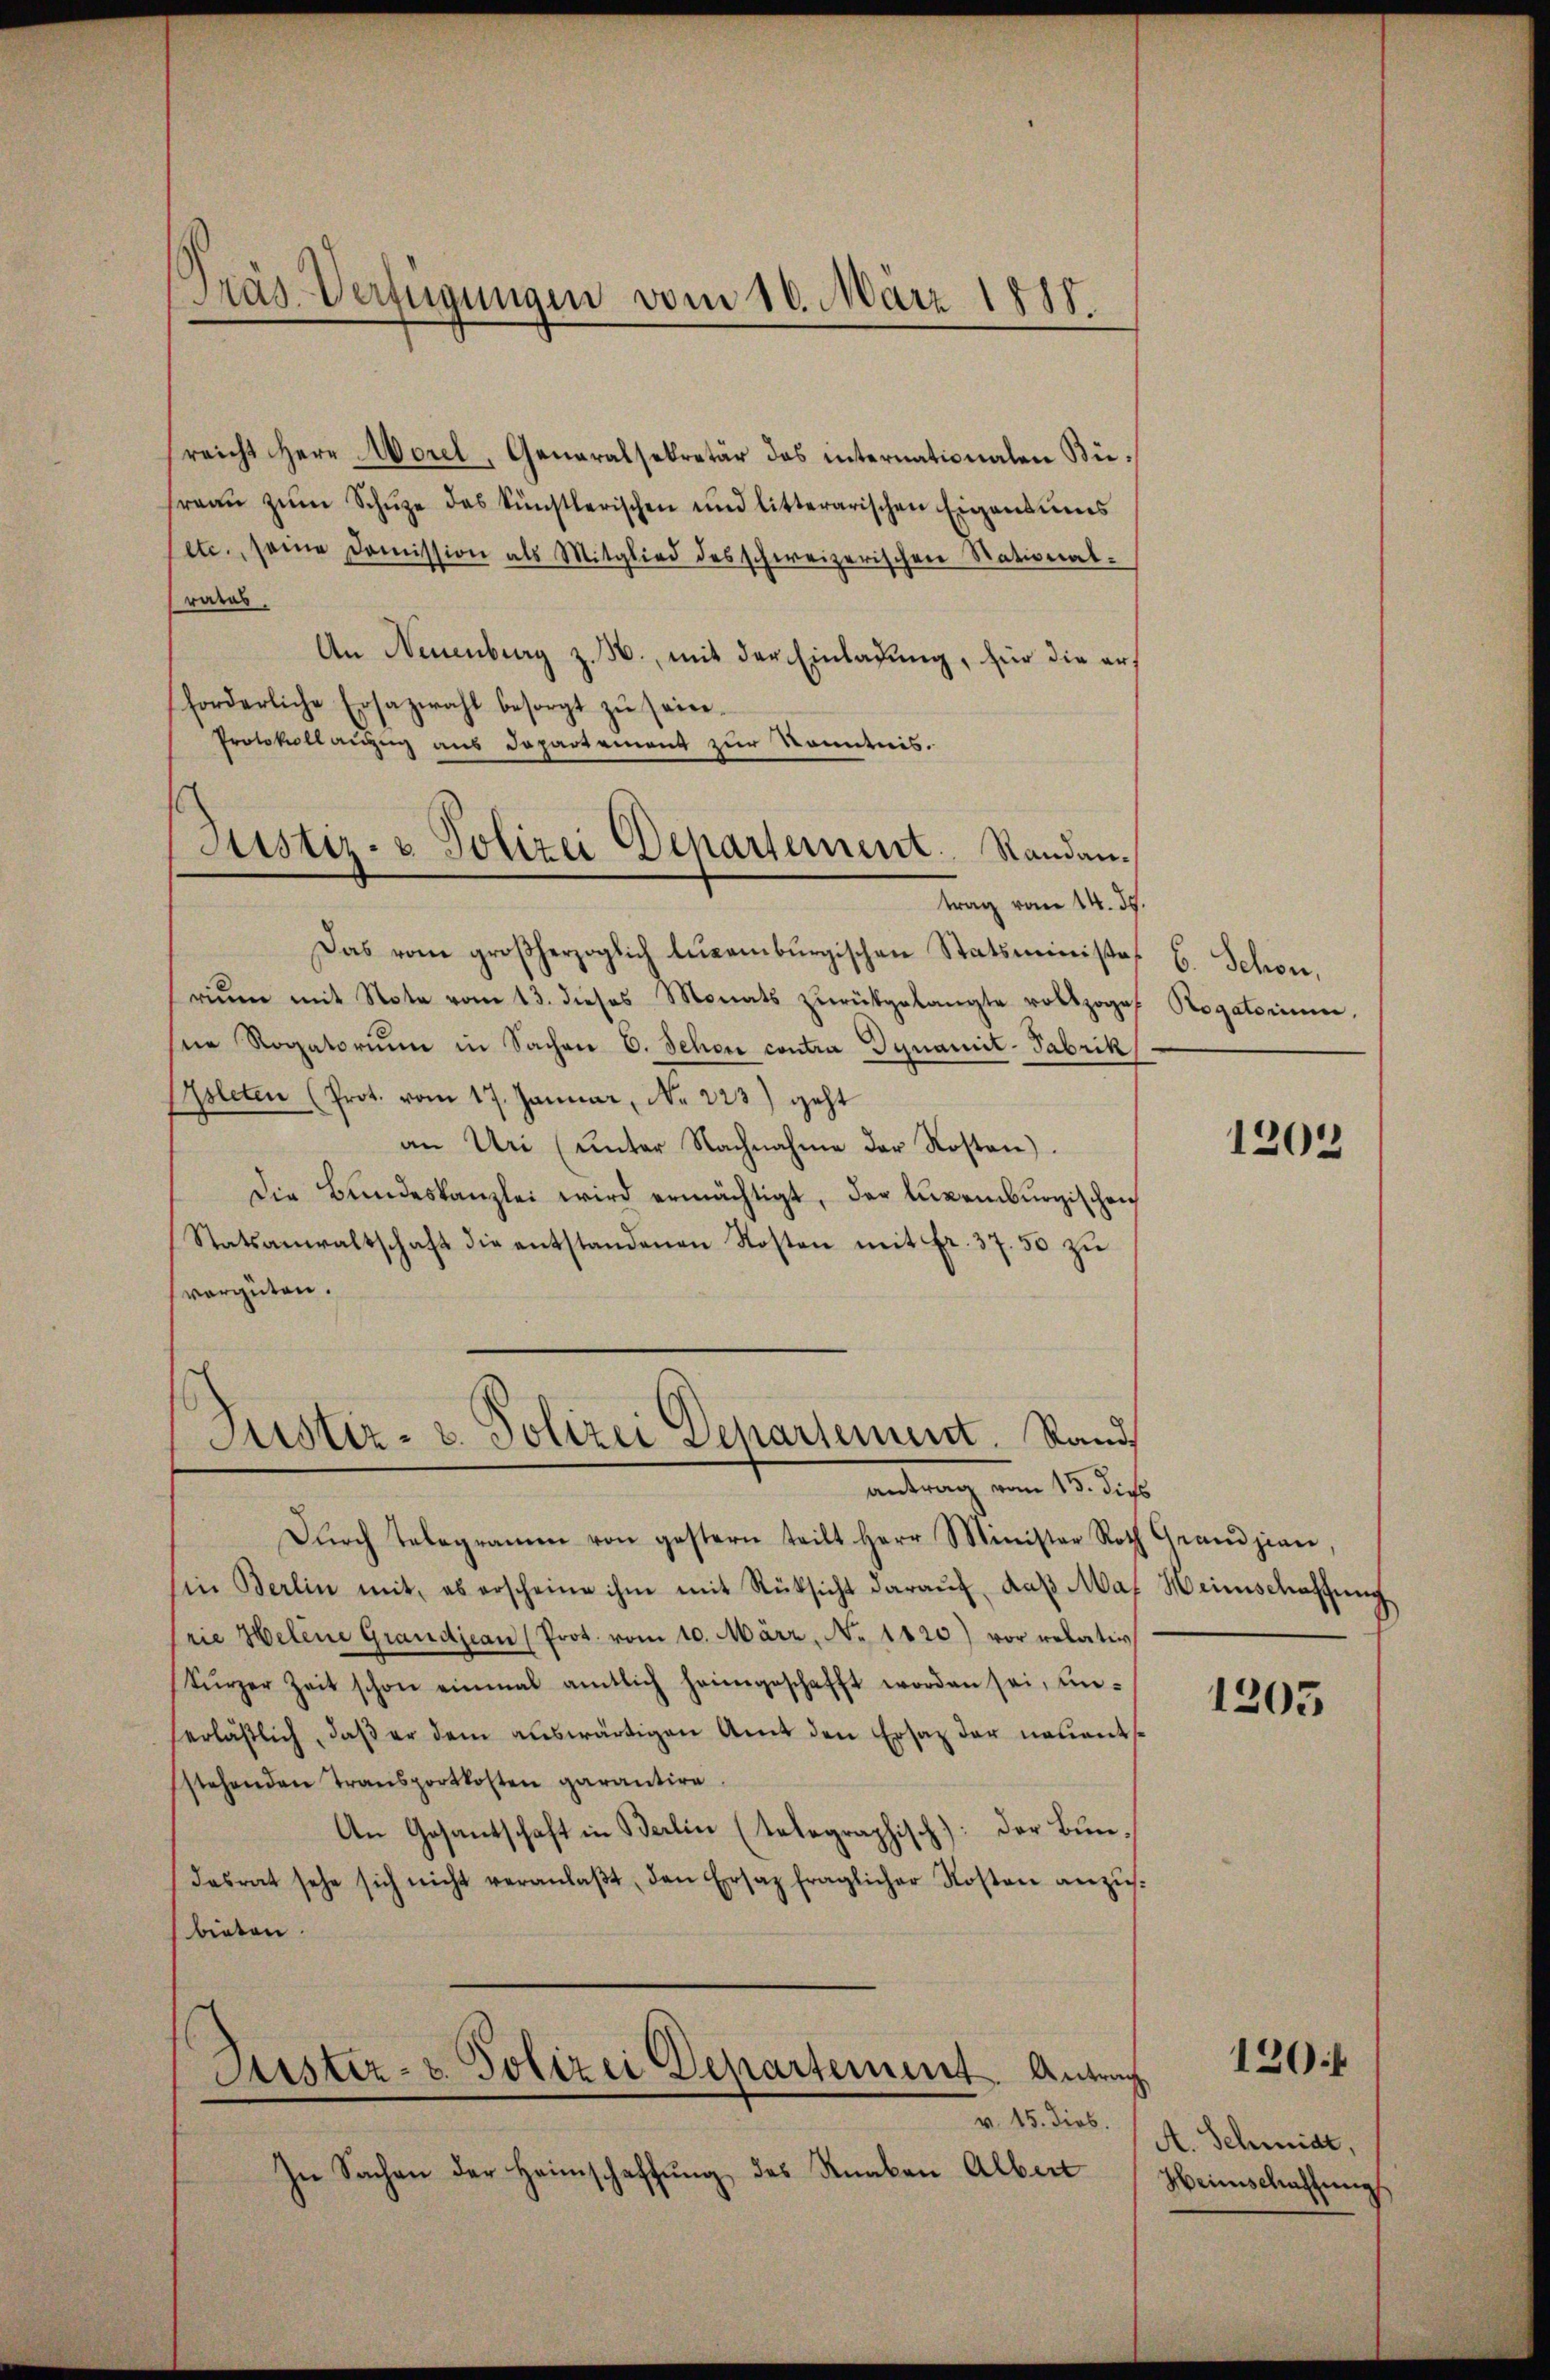
Präs-Verfügungen vom 10. März 1888.

Justiz- & Polizei Departement. Standantrag vom 14. d.

reicht Herr Morel, Generalsekretär das internationalen Bie
freaŭ zŭm Schŭze des künstlerischen und litterarischen Eigensums
etc., seine Doṁission als Mitglied des schweizerischen National-
raras.
An Neuenburg z. B., mit der Einladung, für die erforderliche Ersazwahl besorgt zŭ seine.
Protokollanzug aus Departement zur Kenntnis.
Das vom großherzoglich legamburgischen Statsministe
riŭm mit Note vom 13. dieses Monats zŭrückgelangte vollzoge
ne Rogatorium in Sachen C. Schon contra Dynamit-Fabrik
sleten (Prot. vom 17. Januar, No 223) geht
an Uri (unter Nachnahme der Kosten).
Die Bŭndeskanzlei wird ermächtigt, der liegenburgischen
Statsanwaltschaft die entstandenen Kosten mit fr. 37. 50 zu
vergüten.
Justiz- u. Polizei Departement. Stand
antrag vom 13. dies
Dŭrch Telegramen von gestern teilt Herr Minister Roth Grandjean,
in Berlin mit, es erscheine ihm mit Rüksicht daraŭf, daβ Max Heimschaffŭng
prie Helene Grandjean (Prot. vom 10. März, No 1120) vor relativ
tŭrzer Zeit schon einmal amtlich heimgeschafft worden sei, un-
erläßlich, daβ er dem auswärtigen Amt den Ersatz der neuent
stehenden Transportkosten garantire
An Gesantschaft in Berlin (telegraphisch): Der Bundesrat sehe sich nicht veranlaβt, den Ersatz fraglicher Kosten anzŭ-
bieten.

Justiz- & Polizei Departement. Antrag
v. 15. Dieb.

In Sachen der Heimschaffŭng des Runken Albert

B. Schon,
Rogatorium,

1202

1205

A. Schmidt,
Heimschaftung

120f